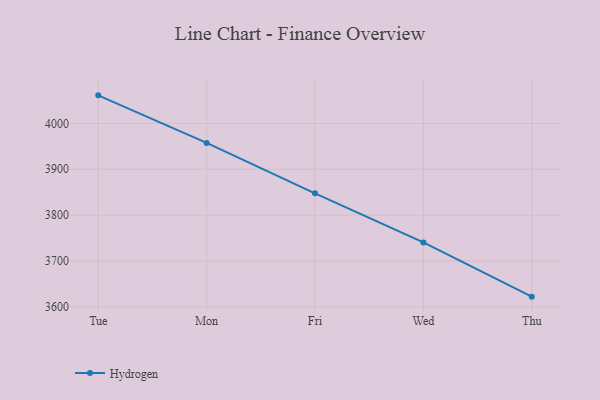
{"axis": {"x": "Day", "y": "Gross Profit (USD K)"}, "legend": ["Hydrogen"], "data": [{"x": "Tue", "y": 4061.2, "type": "Hydrogen"}, {"x": "Mon", "y": 3957.5, "type": "Hydrogen"}, {"x": "Fri", "y": 3847.6, "type": "Hydrogen"}, {"x": "Wed", "y": 3740.5, "type": "Hydrogen"}, {"x": "Thu", "y": 3622.2, "type": "Hydrogen"}]}